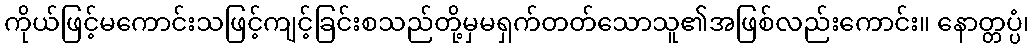
ကိုယ်ဖြင့်မကောင်းသဖြင့်ကျင့်ခြင်းစသည်တို့မှမရှက်တတ်သောသူ၏အဖြစ်လည်းကောင်း။ နောတ္တပ္ပံ၊